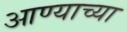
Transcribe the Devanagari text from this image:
आण्याच्या